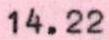
14.22